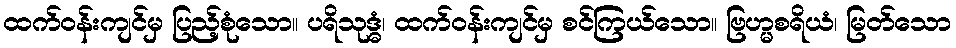
ထက်ဝန်းကျင်မှ ပြည့်စုံသော။ ပရိသုဒ္ဓံ၊ ထက်ဝန်းကျင်မှ စင်ကြယ်သော။ ဗြဟ္မစရိယံ၊ မြတ်သော